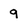
Character: g